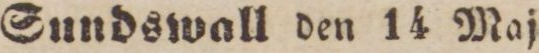
Sundswall den 14 Maj.